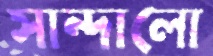
সান্দালো